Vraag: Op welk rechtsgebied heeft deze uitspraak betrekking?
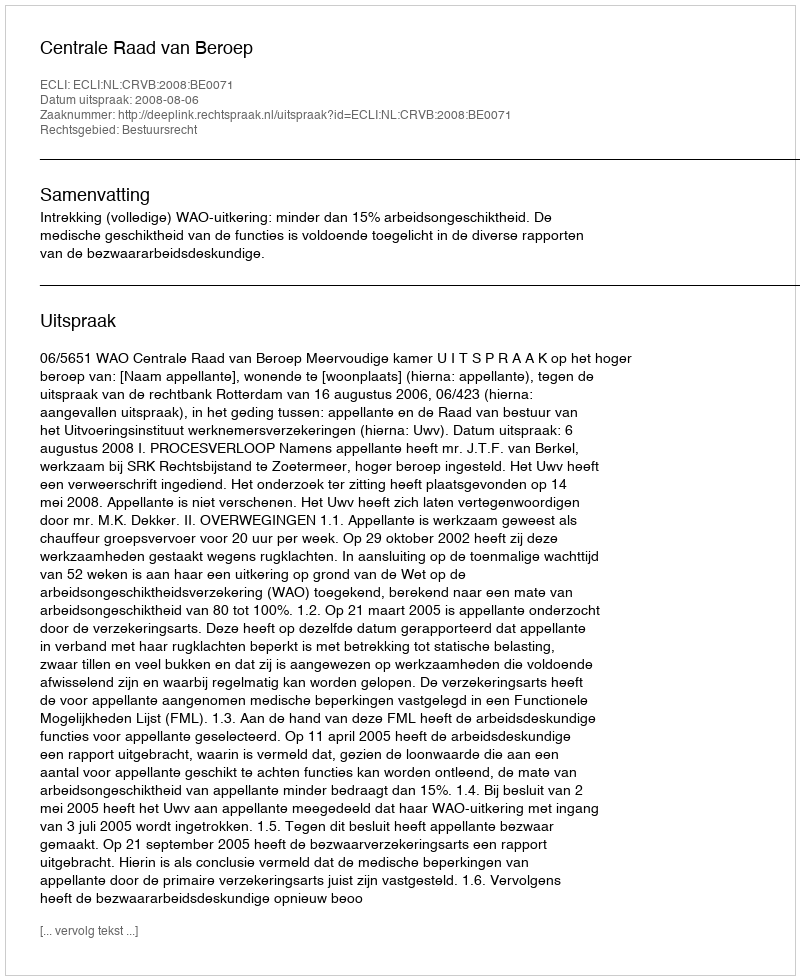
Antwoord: Bestuursrecht